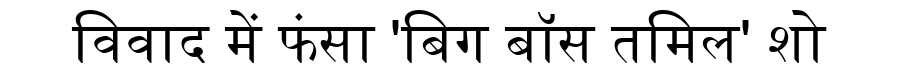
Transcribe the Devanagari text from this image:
विवाद में फंसा 'बिग बॉस तमिल' शो